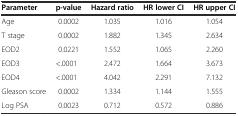
| Parameter | p-value | Hazard ratio | HR lower CI | HR upper CI |
 | --- | --- | --- | --- | --- |
 | Age | 0.0002 | 1.035 | 1.016 | 1.054 |
 | T stage | 0.0002 | 1.882 | 1.345 | 2.634 |
 | EOD2 | 0.0221 | 1.552 | 1.065 | 2.260 |
 | EOD3 | <.0001 | 2.472 | 1.664 | 3.673 |
 | EOD4 | <.0001 | 4.042 | 2.291 | 7.132 |
 | Gleason score | 0.0002 | 1.334 | 1.144 | 1.555 |
 | Log PSA | 0.0023 | 0.712 | 0.572 | 0.886 |